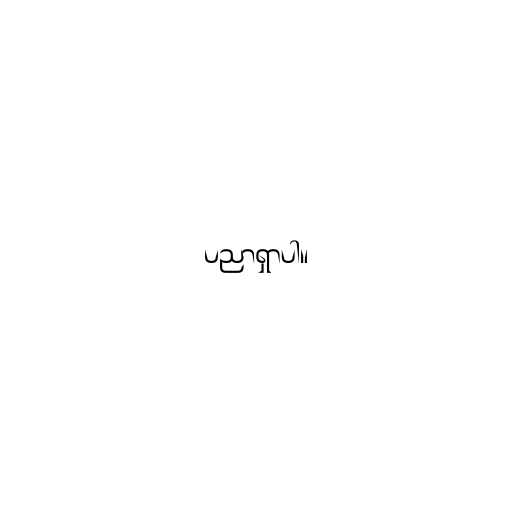
ပညာရှာပါ။